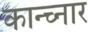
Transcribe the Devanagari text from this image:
कान्च्नार